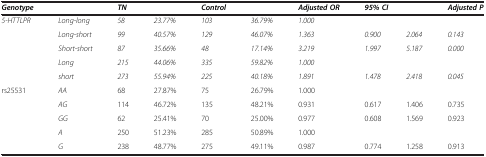
| Genotype |  | TN |  | Control |  | Adjusted OR | <COLSPAN=2> 95% CI | Adjusted P |
 | --- | --- | --- | --- | --- | --- | --- | --- | --- | --- |
 | 5-HTTLPR | Long-long | 58 | 23.77% | 103 | 36.79% | 1.000 |  |  |  |
 |  | Long-short | 99 | 40.57% | 129 | 46.07% | 1.363 | 0.900 | 2.064 | 0.143 |
 |  | Short-short | 87 | 35.66% | 48 | 17.14% | 3.219 | 1.997 | 5.187 | 0.000 |
 |  | Long | 215 | 44.06% | 335 | 59.82% | 1.000 |  |  |  |
 |  | short | 273 | 55.94% | 225 | 40.18% | 1.891 | 1.478 | 2.418 | 0.045 |
 | rs25531 | AA | 68 | 27.87% | 75 | 26.79% | 1.000 |  |  |  |
 |  | AG | 114 | 46.72% | 135 | 48.21% | 0.931 | 0.617 | 1.406 | 0.735 |
 |  | GG | 62 | 25.41% | 70 | 25.00% | 0.977 | 0.608 | 1.569 | 0.923 |
 |  | A | 250 | 51.23% | 285 | 50.89% | 1.000 |  |  |  |
 |  | G | 238 | 48.77% | 275 | 49.11% | 0.987 | 0.774 | 1.258 | 0.913 |